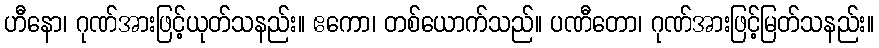
ဟီနော၊ ဂုဏ်အားဖြင့်ယုတ်သနည်း။ ဧကော၊ တစ်ယောက်သည်။ ပဏီတော၊ ဂုဏ်အားဖြင့်မြတ်သနည်း။